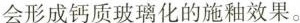
会形成钙质玻璃化的施釉效果。